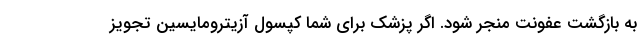
به بازگشت عفونت منجر شود. اگر پزشک برای شما کپسول آزیترومایسین تجویز